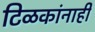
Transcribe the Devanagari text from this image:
टिळकांनाही